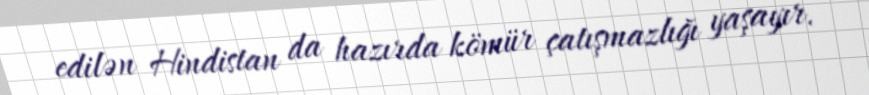
edilən Hindistan da hazırda kömür çatışmazlığı yaşayır.